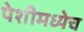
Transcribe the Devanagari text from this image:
पेशीमध्येच